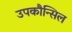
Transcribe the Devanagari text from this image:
उपकौन्सिल